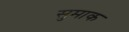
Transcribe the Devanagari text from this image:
सुमाक